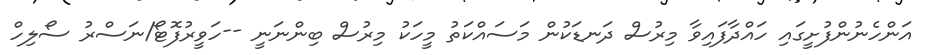
އަންހެނުންފުށީގައި ހައްދާފައިވާ މިރުސް ދަނޑަކުން މަސައްކަތު މީހަކު މިރުސް ބިންނަނީ --ހަވީރުފޮޓޯ/ނަސްރު ސޯލިހް